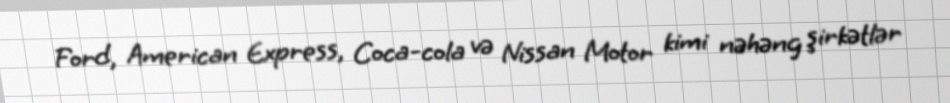
Ford, American Express, Coca-cola və Nissan Motor kimi nəhəng şirkətlər